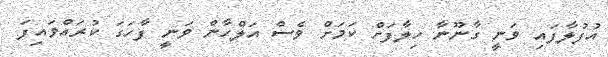
އުފުލާފައި ވަނީ ގާނޫނާ ހިލާފަށް ކަމަށް ވެސް އަލްހާން ވަނީ ފާހަގަ ކުރައްވައިފަ